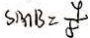
\sin B = \frac { 9 } { 8 }